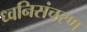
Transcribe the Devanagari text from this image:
ध्वनिसंचरण